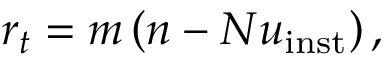
r _ { t } = m \left( n - N u _ { \mathrm { { i n s t } } } \right) ,